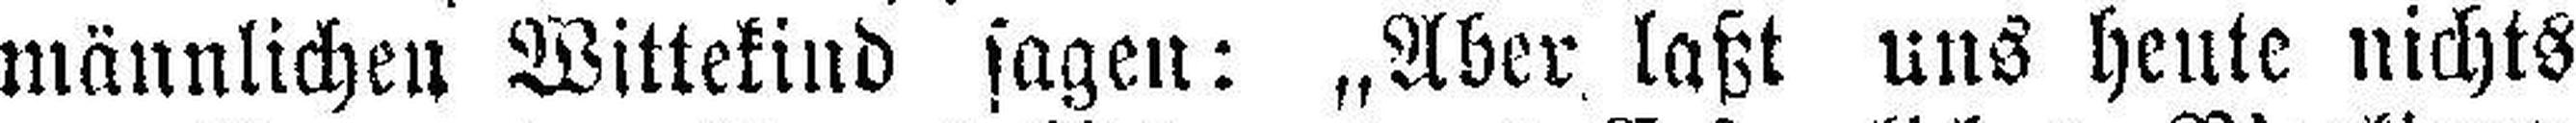
männlichen Wittekind sagen: „Aber laßt uns heute nichts